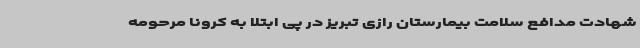
شهادت مدافع سلامت بیمارستان رازی تبریز در پی ابتلا به کرونا مرحومه